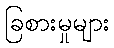
ခြစားမှုများ